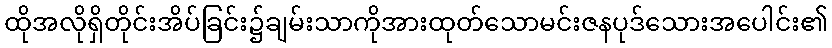
ထိုအလိုရှိတိုင်းအိပ်ခြင်း၌ချမ်းသာကိုအားထုတ်သောမင်းဇနပုဒ်သေားအပေါင်း၏